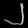
Digit: ၂